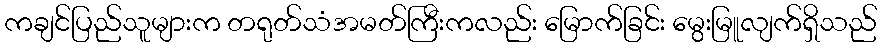
ကချင်ပြည်သူများက တရုတ်သံအမတ်ကြီးကလည်း မြောက်ခြင်း မွေးမြူလျက်ရှိသည်